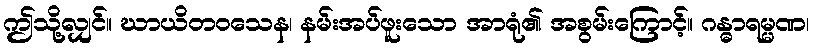
ဤသို့လျှင်။ ဃာယိတဝသေန၊ နမ်းအပ်ဖူးသော အာရုံ၏ အစွမ်းကြောင့်။ ဂန္ဓာရမ္မဏ၊